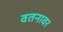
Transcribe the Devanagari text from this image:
वतनावर